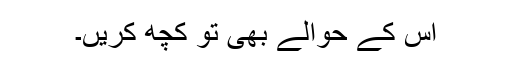
اُس کے حوالے بھی تو کچھ کریں۔